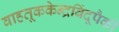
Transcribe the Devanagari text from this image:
वाहतूककेन्द्रबिंदूपैकी